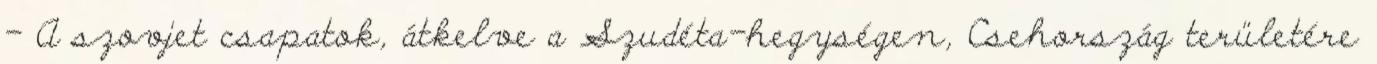
- A szovjet csapatok, átkelve a Szudéta-hegységen, Csehország területére